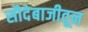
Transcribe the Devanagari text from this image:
सौदेबाजीतून